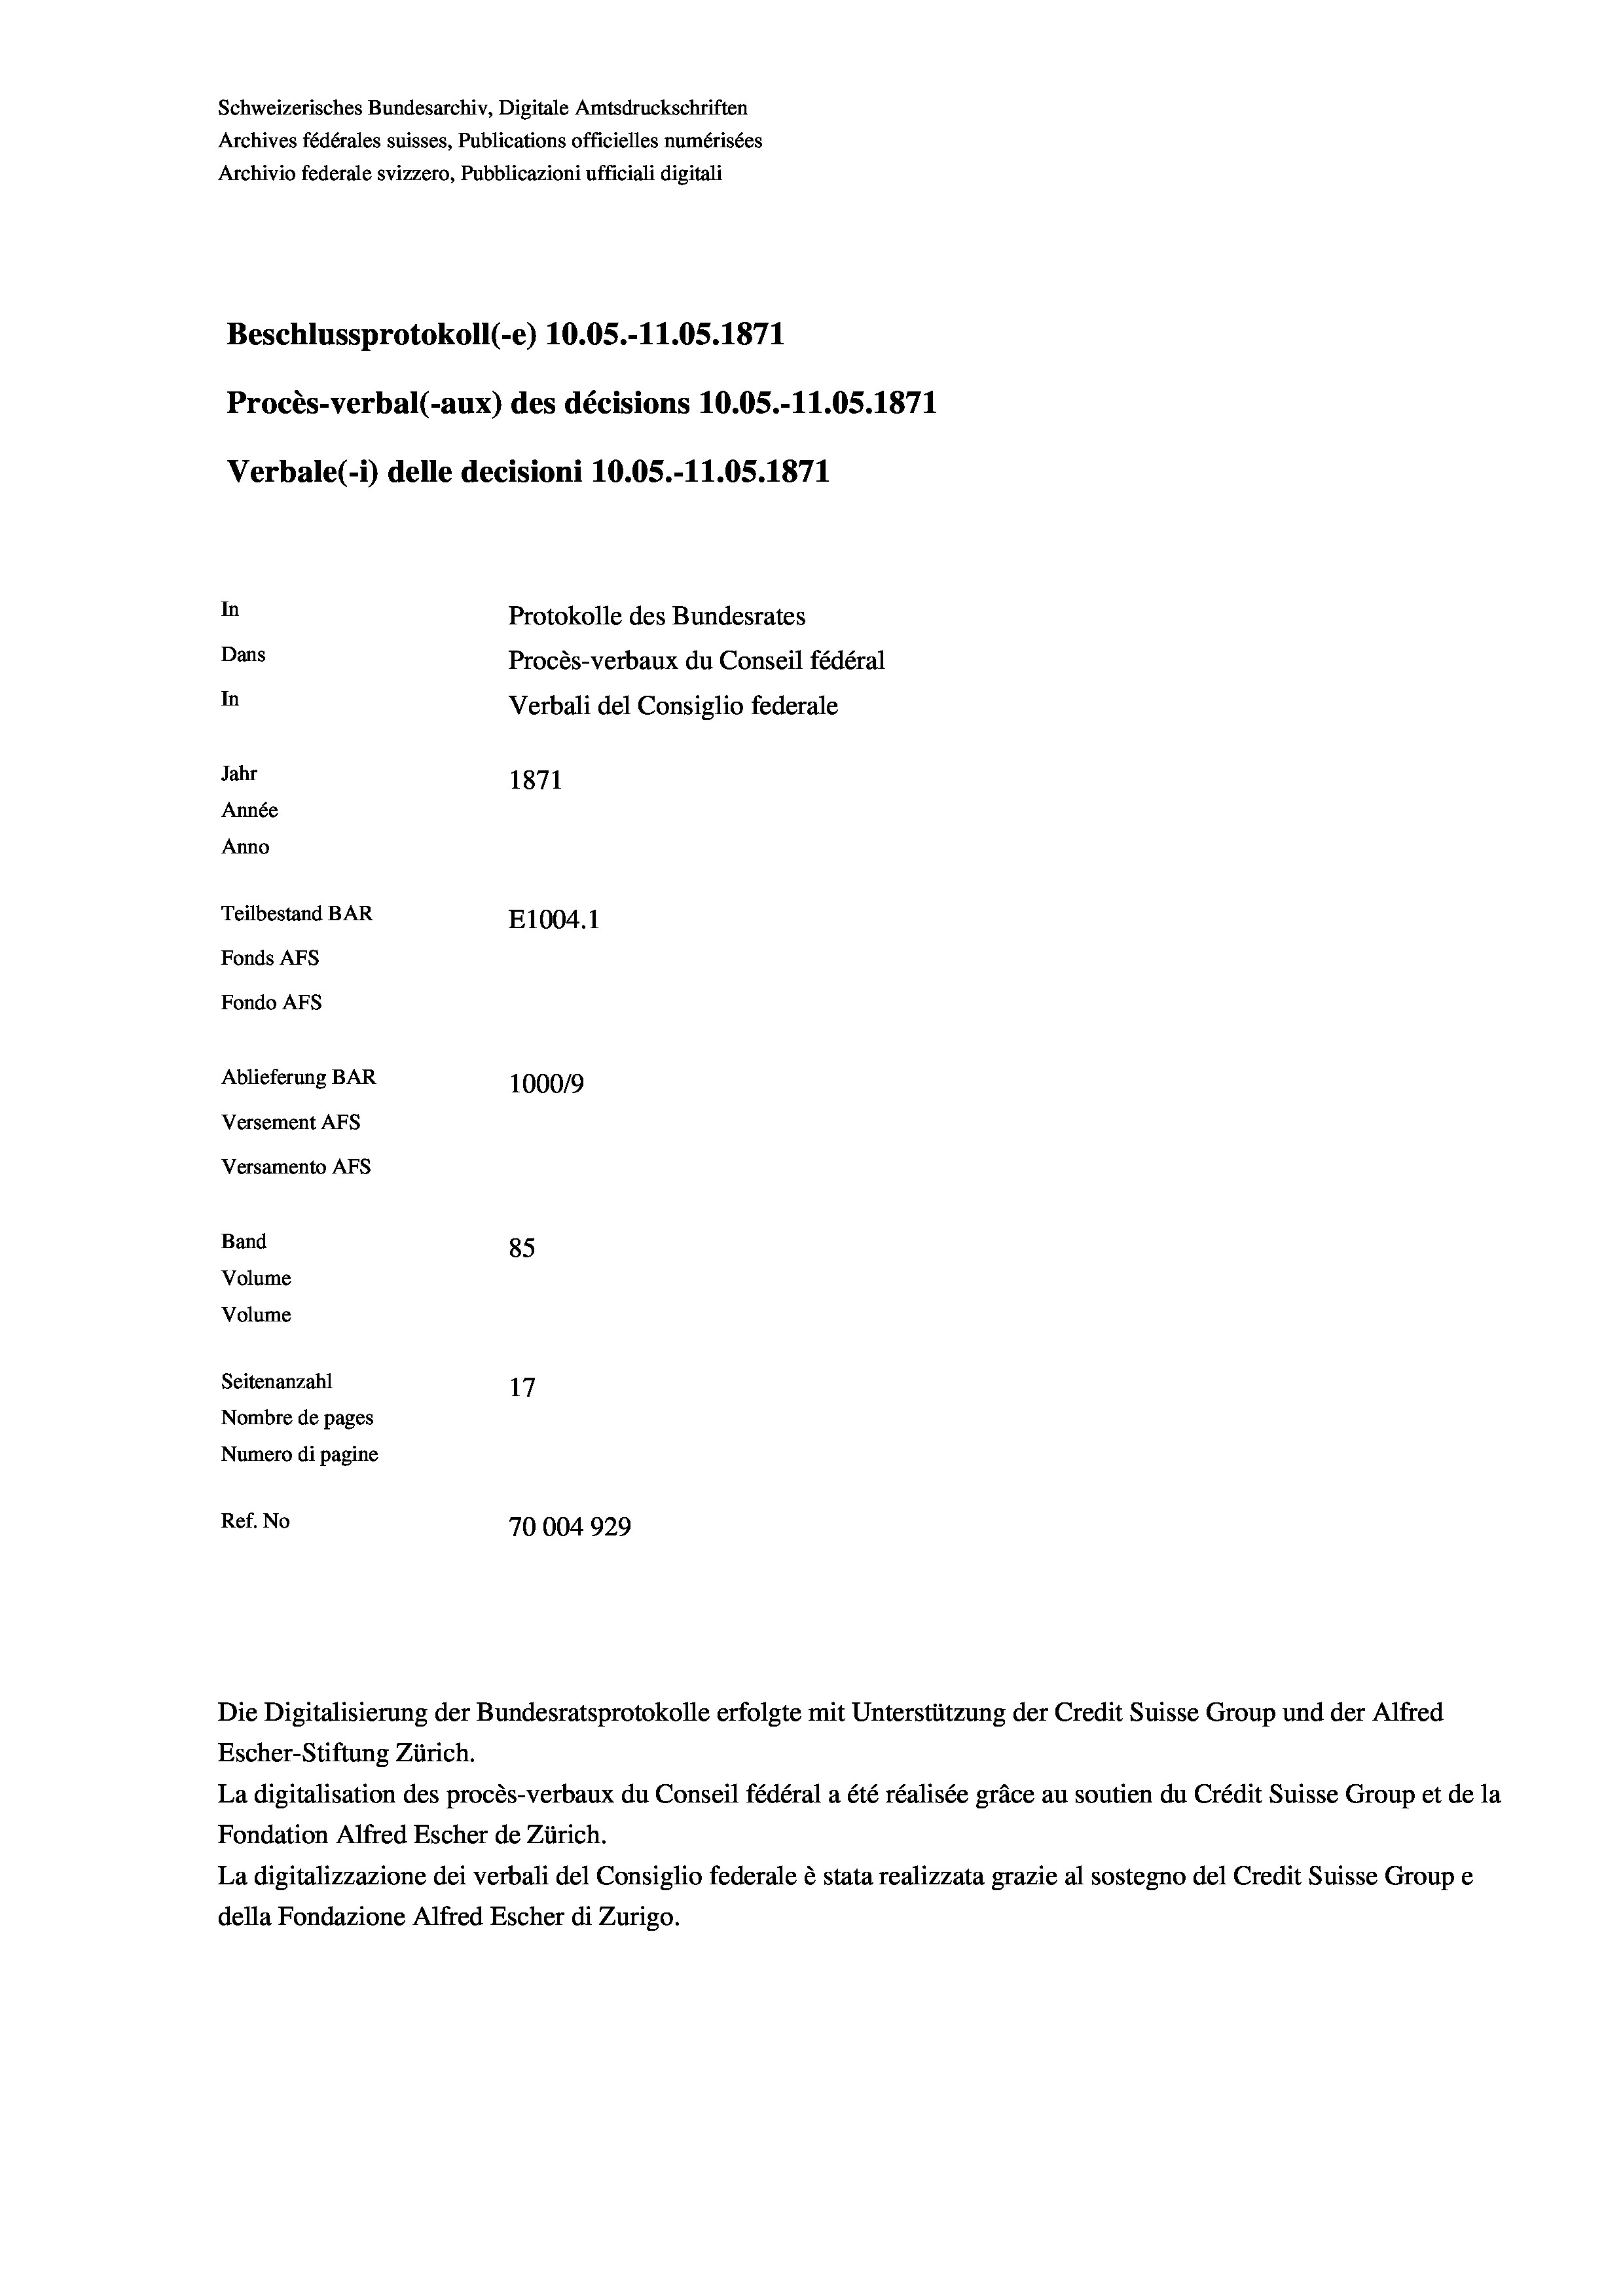
Schweizerisches Bundesarchiv, Digitale Amtsdruckschriften
Archives fédérales suisses, Publications officielles numérisées
Archivio federale svizzero, Pubblicazioni ufficiali digitali
Beschlussprotokoll (-e) 10.05.-11.05. 1871
Procès-verbal (-aux) des décisions 10.05.-11.05. 1871
Verbale (- 1) delle decisioni 10.05.-11.05. 1871
In
Protokolle des Bundesrates
Dans
Procès-verbaux du Conseil fédéral
In
Verbali del Consiglio federale
Jahr
1871
Année
Anno
Teilbestand BAR
E1004. 1
Fonds AFs
Fondo Afs
Ablieferung BAR
100019
Versement AFs
Versamento AFs
Band
85
Volume
Volume
Seitenanzahl
17
Nombre de pages
Numero di pagine
Ref. No
70004929

Die Digitalisierung der Bundesratsprotokolle erfolgte mit Unterstützung der Credit Suisse Group und der Alfred

Escher-Stiftung Zürich.
La digitalisation des procès-verbaux du Conseil fédéral a été réalisée gräce au soutien du Crédit Suisse Group et de la
Fondation Alfred Escher de Zürich.
La digitalizzazione dei verbali del Consiglio federale è stata realizzata grazie al sostegno del Credit Suisse Groupe
della Fondazione Alfred Escher di Zurigo.